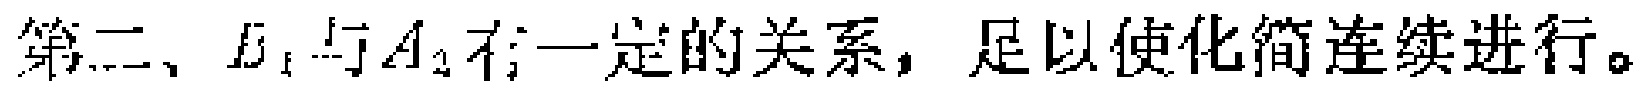
第二、 \(B_{1}\) 与 \(A_{2}\) 有一定的关系，足以使化简连续进行。